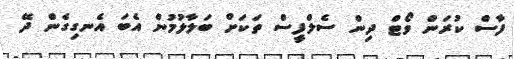
ފާސް ކުރަން ވޯޓް ދިން ސެލްފީސް ތަކަށް ބަލާލުމުން އެބަ އެނގިގެން ދޭ